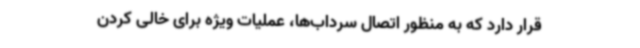
قرار دارد که به ‌منظور اتصال سرداب‌ها، عملیات ویژه برای خالی کردن